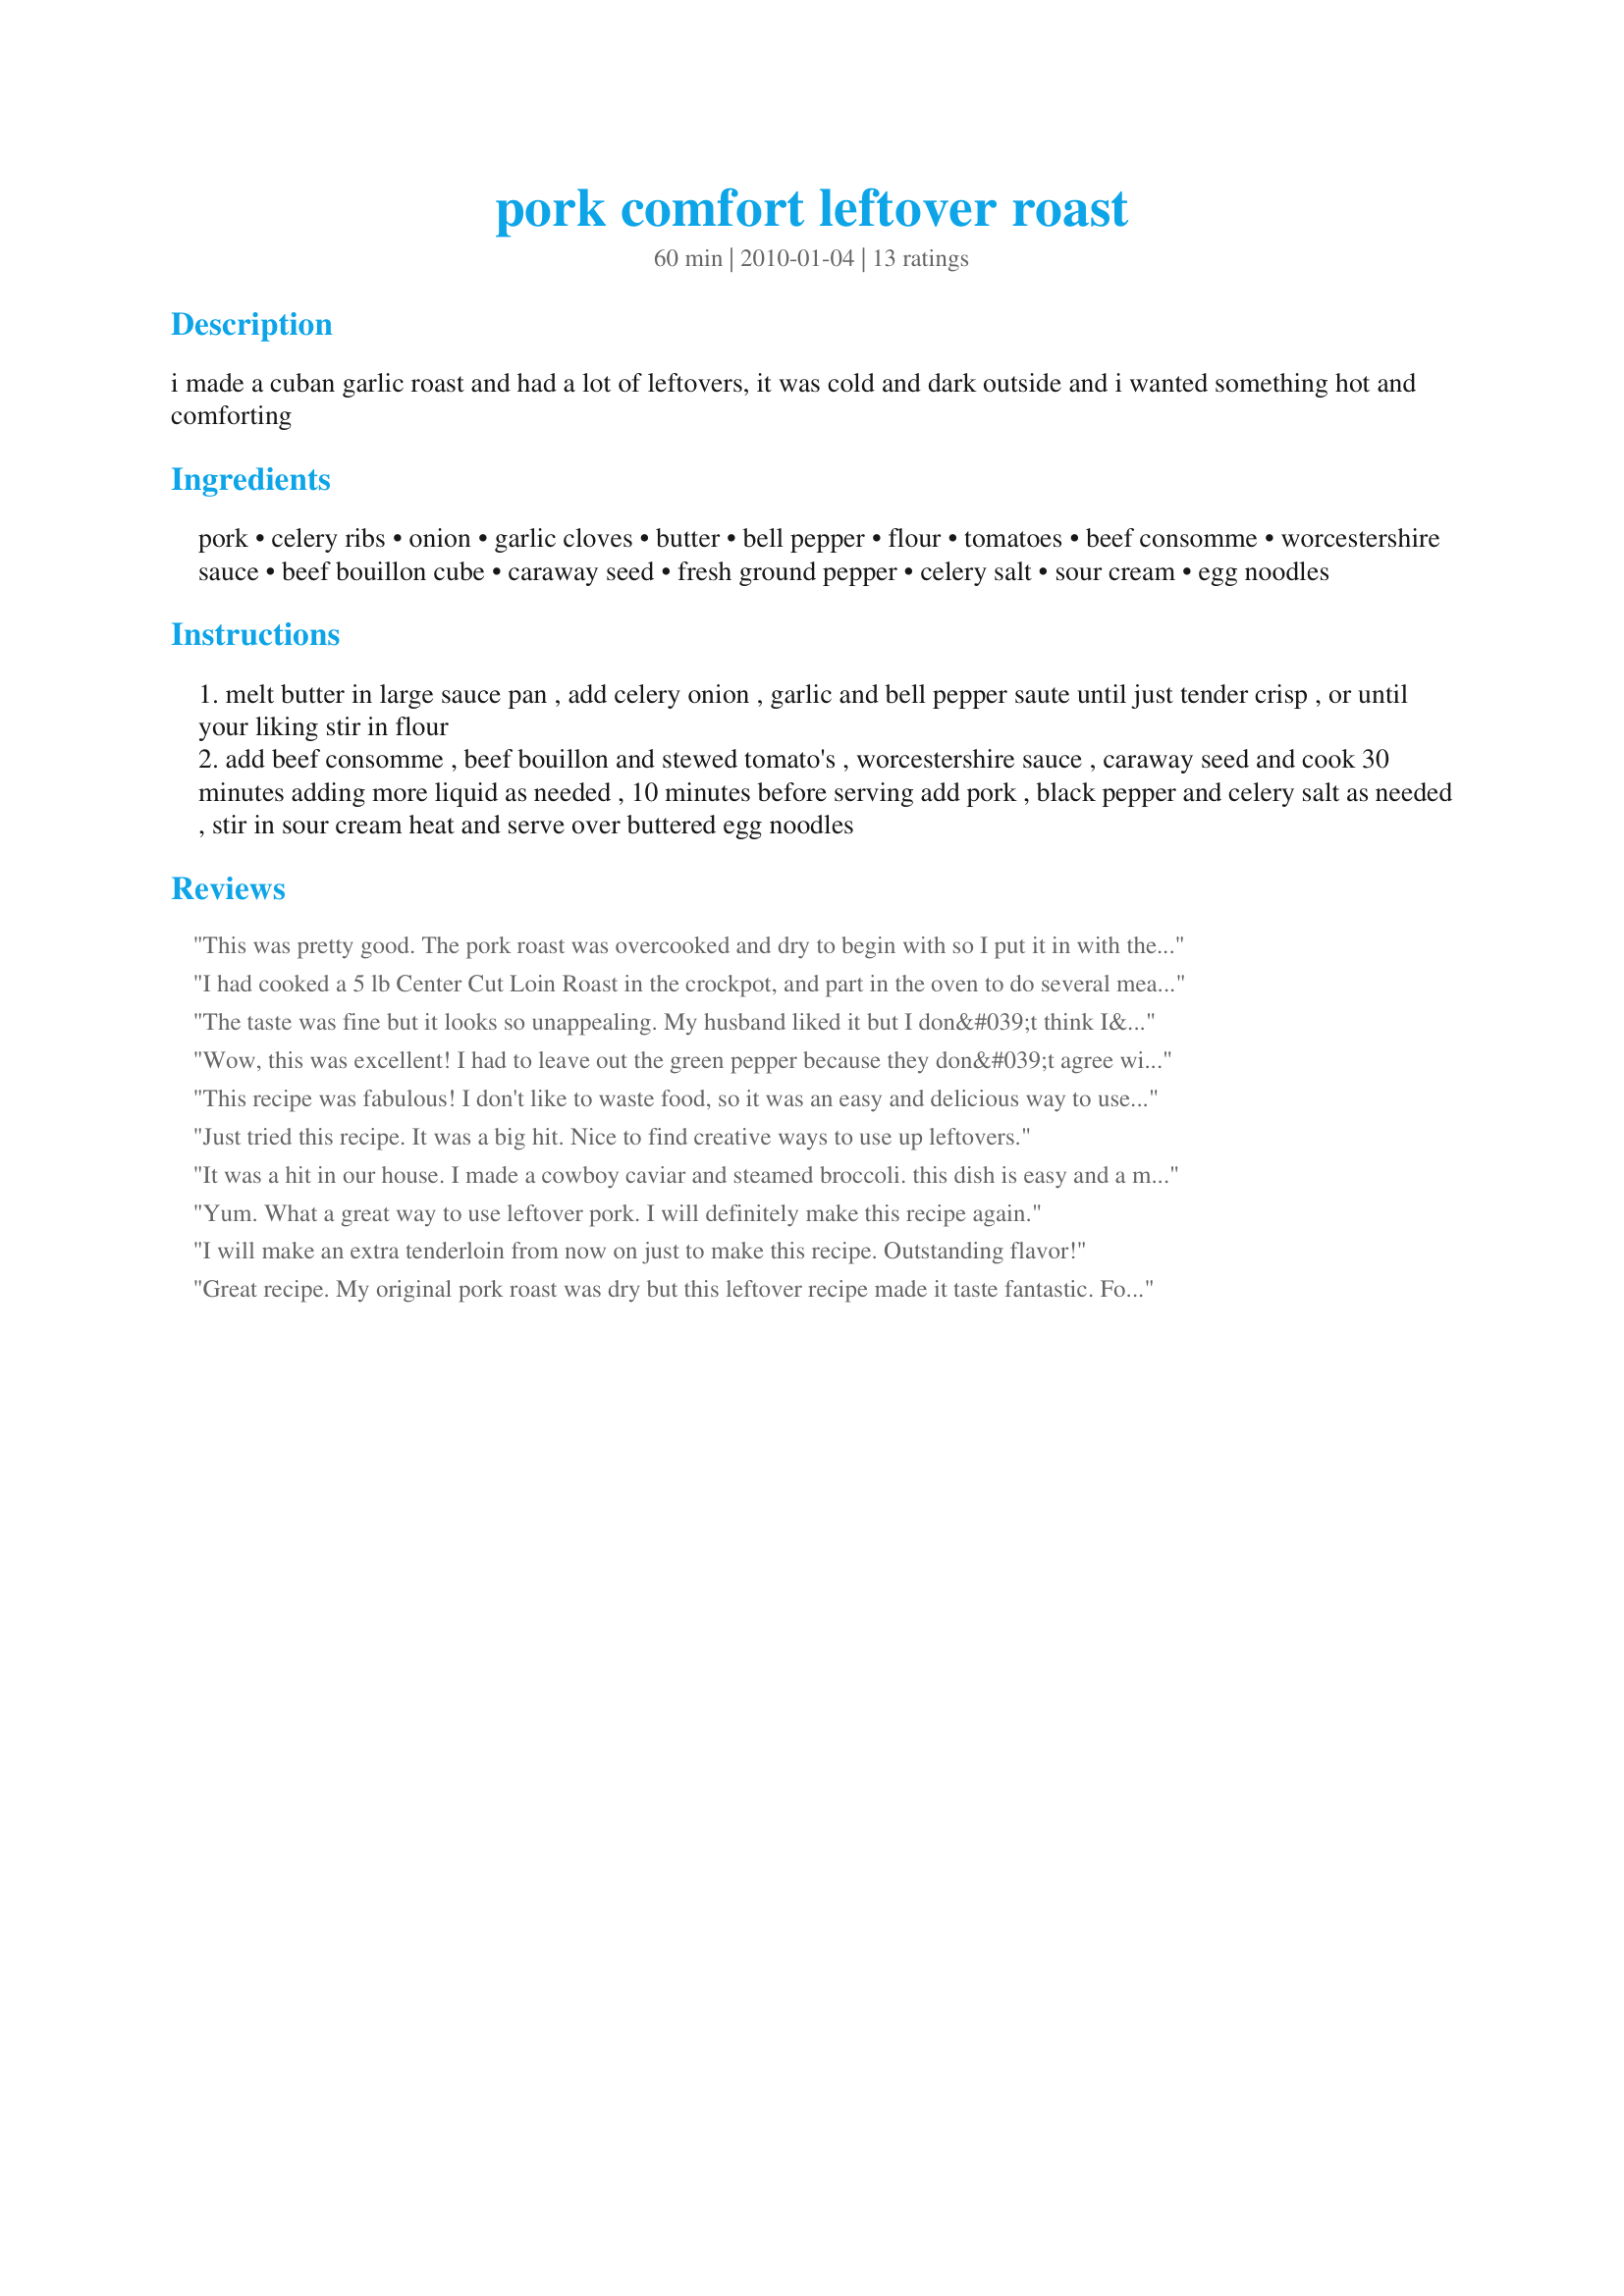
pork comfort leftover roast
Preparation time: 60 minutes

i made a cuban garlic roast and had a lot of leftovers, it was cold and dark outside and i wanted something hot and comforting

Ingredients:
pork, celery ribs, onion, garlic cloves, butter, bell pepper, flour, tomatoes, beef consomme, worcestershire sauce, beef bouillon cube, caraway seed, fresh ground pepper, celery salt, sour cream, egg noodles

Steps:
melt butter in large sauce pan , add celery onion , garlic and bell pepper saute until just tender crisp , or until your liking stir in flour
add beef consomme , beef bouillon and stewed tomato's , worcestershire sauce , caraway seed and cook 30 minutes adding more liquid as needed , 10 minutes before serving add pork , black pepper and celery salt as needed , stir in sour cream heat and serve over buttered egg noodles

Reviews:
This was pretty good. The pork roast was overcooked and dry to begin with so I put it in with the tomatoes and simmered an hour. Definitely improved the quality of the meat. A little too runny - maybe I was supposed to drain the tomatoes. Next time I think I'll leave the sour cream out. Served over rice.
I had cooked a 5 lb Center Cut Loin Roast in the crockpot, and part in the oven to do several meals with, some pulled for BBQ, cuban sandwiches, or just sliced thin for dinner. I did some different seasonings, Bay leaf and garlic powder. I didnt use the bullion because i used my own homemade bone broth. I didn't use caraway or celery salt. The Hubby liked it, he said try it with othet leftover meats.
The taste was fine but it looks so unappealing. My husband liked it but I don&#039;t think I&#039;ll be making it again unless I can figure out how to change the color. I tried adding kitchen bouquet to darken it a bit but it didn&#039;t help.
Wow, this was excellent! I had to leave out the green pepper because they don&#039;t agree with a couple of people around here, but I know I would have loved it in here. Also, we aren&#039;t big caraway fans, so I used about 2 tsp of paprika and a bay leaf. I&#039;m sometimes leery of this kind of &quot;clean out the fridge&quot; recipe, but everything here came together so well. Truly a comforting meal. Five stars for sure!
This recipe was fabulous! I don't like to waste food, so it was an easy and delicious way to use up leftover roast pork. I made exactly as the recipe was posted. The whole family ate it up and loved it. I'll be making it again!
Just tried this recipe. It was a big hit. Nice to find creative ways to use up leftovers.
It was a hit in our house. I made a cowboy caviar and steamed broccoli. this dish is easy and a must try....
Yum. What a great way to use leftover pork. I will definitely make this recipe again.
I will make an extra tenderloin from now on just to make this recipe. Outstanding flavor!
Great recipe. My original pork roast was dry but this leftover recipe made it taste fantastic. Followed the recipe. I will definitely use this recipe again.
Thanks Chef Susan, this was very good. I had leftover boneless pork country ribs from a cookout. I also added the pork chunks with the tomatoes to let them blend a bit and served over some yolk free egg noodles. Then I just threw them altogether for leftover leftovers! The picture looks kind of gross, it's not the most beautiful dish that I've ever made. But it was indeed very much comfort food, quite tasty, and I will bet will be even better tomorrow.
It was ok. I would leave out the caraway seeds.
I was looking for something different to do with my leftover pork roast and happened upon this recipe. I made it tonight. I didn&#039;t add fennel seeds or celery salt because I didn&#039;t have any on hand. I didn&#039;t have a green pepper but I had a bag of miniature red/orange/yellow peppers so used 6 of those. Delicious! Hubby went back for seconds!
